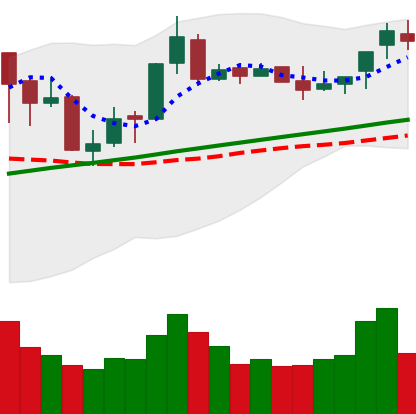
Ticker: BNB-USD
Chart end date: 2018-04-14
Forward return: -6.733%
Label: down_5_7